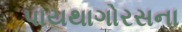
પાયથાગોરસના